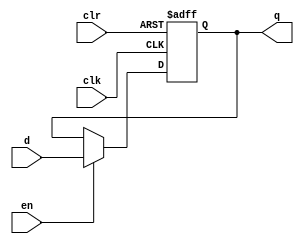
module dff_32bit(q, d, clk, en, clr);
   // Inputs for clock, enable, clear
   input clk, en, clr;
	input [31:0] d;

   // Output for register output
   output reg [31:0] q;

   // Intialize q to 0
   initial
   begin
       q = 32'h00000000;
   end

   // Set value of q on positive edge of the clock or clear
   always @(posedge clk or posedge clr) 
	begin
		// If clear is high, set q to 0
      if (clr) 
			q <= 32'h00000000;
      // If enable is high, set q to the value of d 
		else if (en) 
			q <= d;
		// If enable is low, the q remain the same
		else
			q <= q;
   end
endmodule